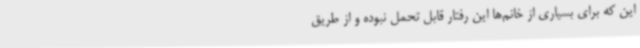
این که برای بسیاری از خانم‌ها این رفتار قابل تحمل نبوده و از طریق